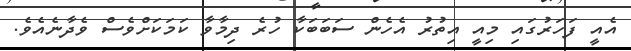
އެއީ ފަހަރުގައި މިއީ އިތުރު އެހެން ސަބަބަކާ ހުރެ ދިމާވާ ކަމަކަށްވެސް ވެދާނެއެވެ.